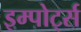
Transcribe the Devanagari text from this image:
इम्पोर्ट्स